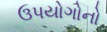
ઉપયોગોનો